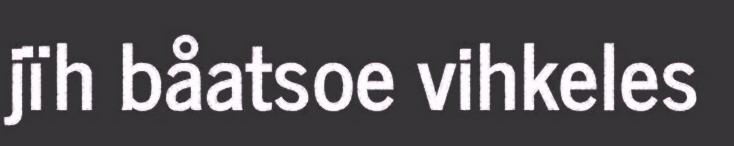
jïh båatsoe vihkeles